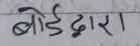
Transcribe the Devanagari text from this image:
बोर्डारा